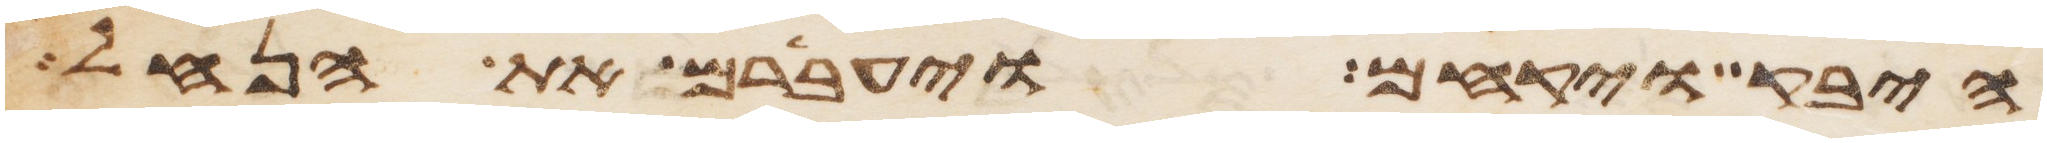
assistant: היבק ויקחם ויעברם את הנחל